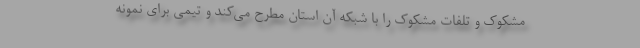
مشکوک و تلفات مشکوک را با شبکه آن استان مطرح می‌کند و تیمی برای نمونه